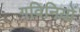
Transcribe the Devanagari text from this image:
गविनियों